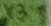
Text: X3:9